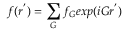
f ( r ^ { ' } ) = \sum _ { G } f _ { G } e x p ( i G r ^ { ' } )